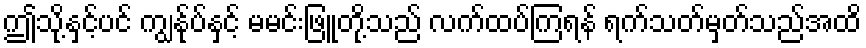
ဤသို့နှင့်ပင် ကျွန်ုပ်နှင့် မမင်းဖြူတို့သည် လက်ထပ်ကြရန် ရက်သတ်မှတ်သည်အထိ